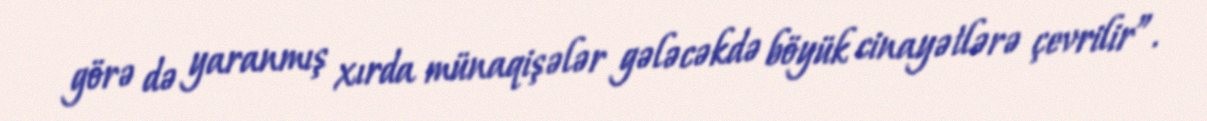
görə də yaranmış xırda münaqişələr gələcəkdə böyük cinayətlərə çevrilir”.